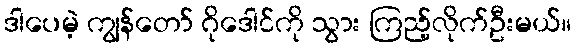
ဒါပေမဲ့ ကျွန်တော် ဂိုဒေါင်ကို သွား ကြည့်လိုက်ဦးမယ်။